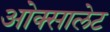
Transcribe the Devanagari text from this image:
ओक्सालेट